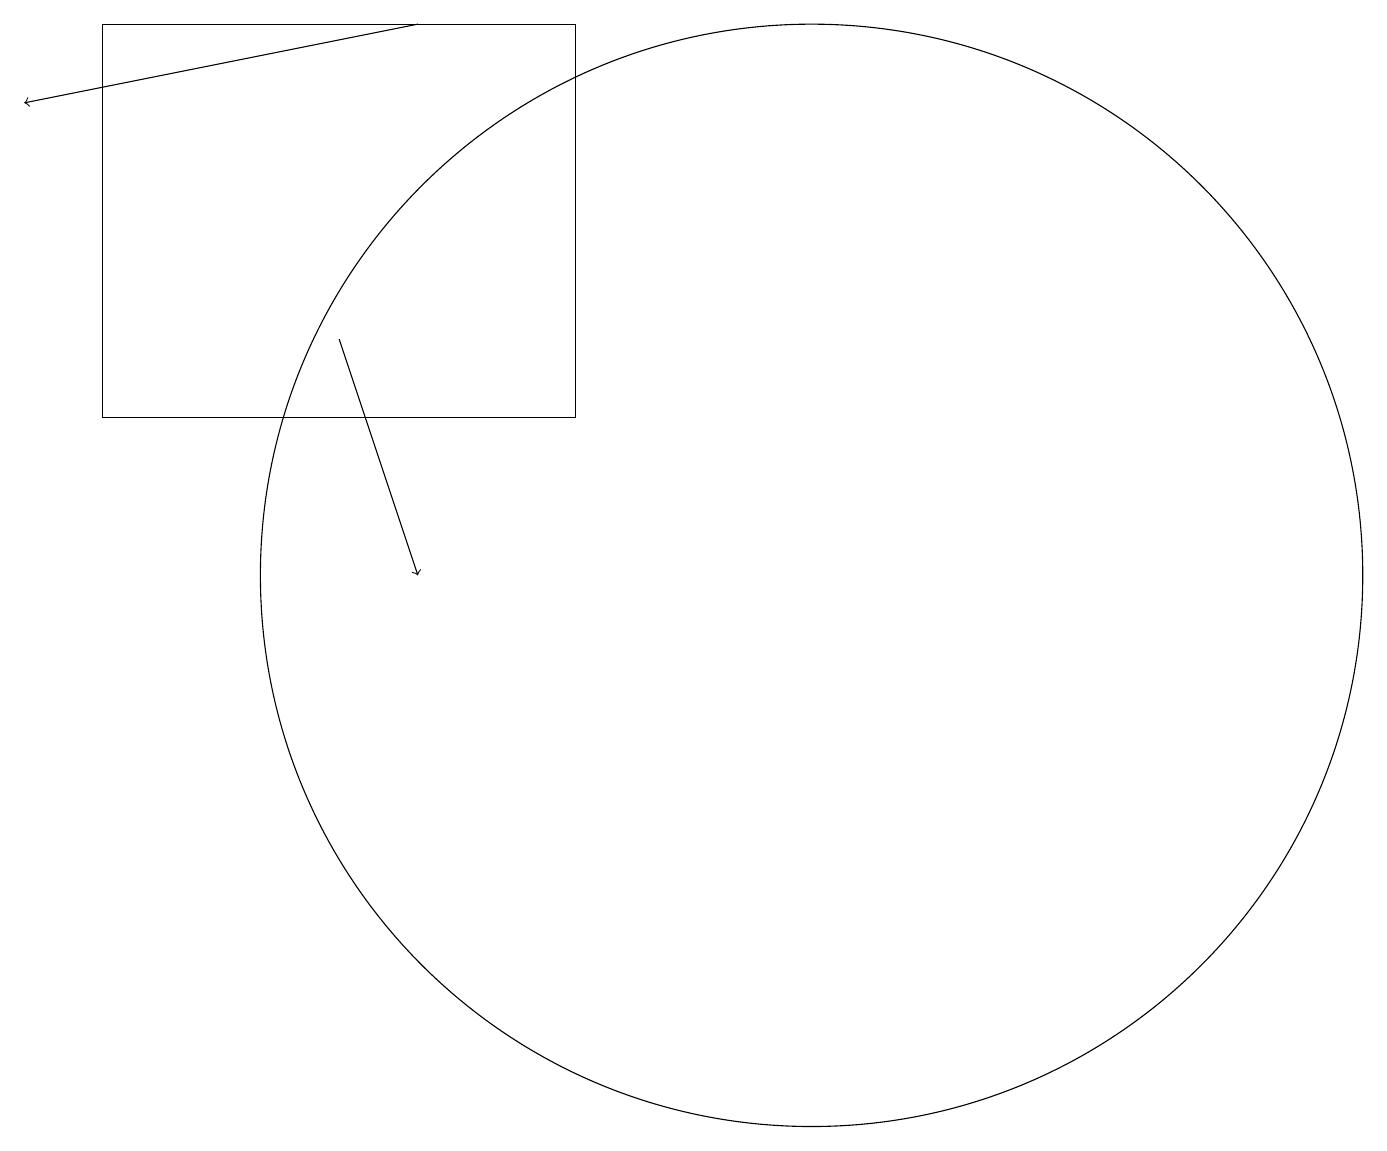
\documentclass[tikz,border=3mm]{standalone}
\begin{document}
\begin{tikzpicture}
\draw (10,12) circle (7);
\draw[->] (5,19) -- (0,18);
\draw (1,14) rectangle (7,19);
\draw[->] (4,15) -- (5,12);
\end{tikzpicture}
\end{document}